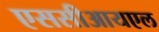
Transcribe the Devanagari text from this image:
एससीआयएल